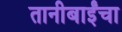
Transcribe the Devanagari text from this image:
तानीबाईंचा